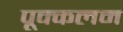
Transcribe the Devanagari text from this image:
पूक्कलम